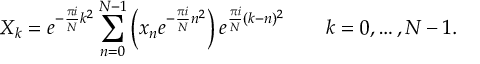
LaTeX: X _ { k } = e ^ { - { \frac { \pi i } { N } } k ^ { 2 } } \sum _ { n = 0 } ^ { N - 1 } \left( x _ { n } e ^ { - { \frac { \pi i } { N } } n ^ { 2 } } \right) e ^ { { \frac { \pi i } { N } } ( k - n ) ^ { 2 } } \qquad k = 0 , \dots , N - 1 .